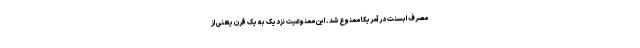
مصرف ابسنت در آمریکا ممنوع شد. این ممنوعیت نزدیک به یک قرن یعنی از